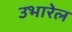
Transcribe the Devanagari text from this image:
उभारेल